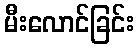
မီးလောင်ခြင်း